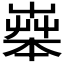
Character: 𦱧